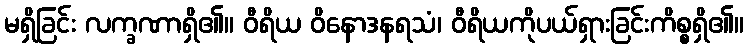
မရှိခြင်း လက္ခဏာရှိ၏။ ဝီရိယ ဝိနောဒနရသံ၊ ဝီရိယကိုပယ်ရှားခြင်းကိစ္စရှိ၏။